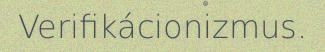
Verifikácionizmus.